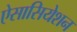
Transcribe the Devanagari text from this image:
ऐसासियेशन